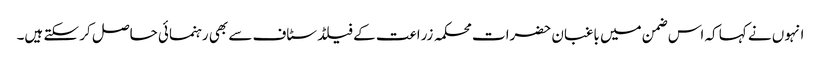
انہوں نے کہا کہ اس ضمن میں باغبان حضرات محکمہ زراعت کے فیلڈ سٹاف سے بھی رہنمائی حاصل کر سکتے ہیں۔